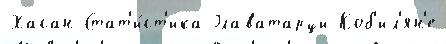
Хасан Стат'и́ст'ика Главатарци Коб'ил'ян'е